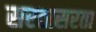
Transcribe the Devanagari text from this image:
सरतासरता